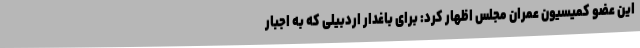
این عضو کمیسیون عمران مجلس اظهار کرد: برای باغدار اردبیلی که به اجبار